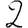
Digit: 2